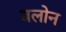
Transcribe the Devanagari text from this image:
बलोन